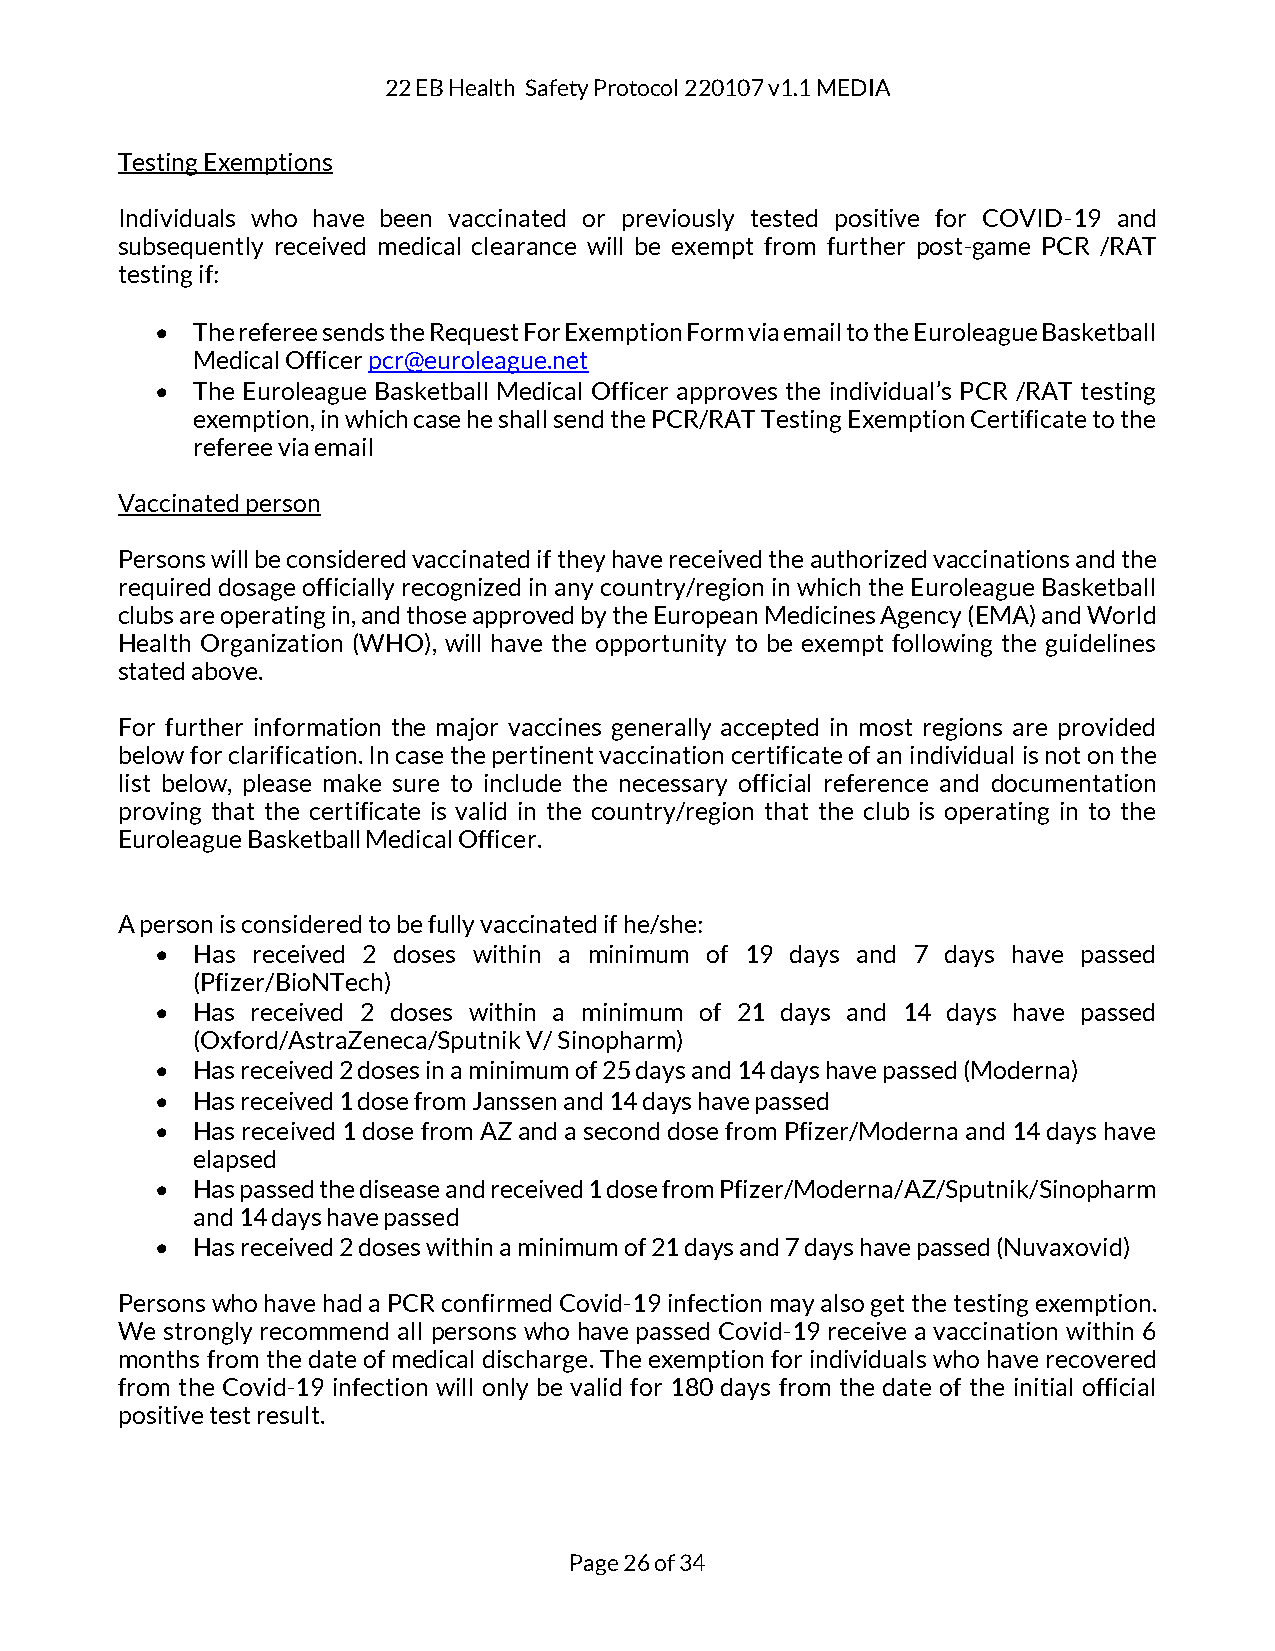
22 EB Health Safety Protocol 220107 v1.1 MEDIA
 Testing Exemptions
 Individuals who have been vaccinated or previously tested positive for COVID-19 and
 subsequently received medical clearance will be exempt from further post-game PCR /RAT
 testing if:
 •  The referee sends the Request For Exemption Form via email to the Euroleague Basketball
 Medical Officer pcr@euroleague.net
 •  The Euroleague Basketball Medical Officer approves the individual’s PCR /RAT testing
 exemption, in which case he shall send the PCR/RAT Testing Exemption Certificate to the
 referee via email
 Vaccinated person
 Persons will be considered vaccinated if they have received the authorized vaccinations and the
 required dosage officially recognized in any country/region in which the Euroleague Basketball
 clubs are operating in, and those approved by the European Medicines Agency (EMA) and World
 Health Organization (WHO), will have the opportunity to be exempt following the guidelines
 stated above.
 For further information the major vaccines generally accepted in most regions are provided
 below for clarification. In case the pertinent vaccination certificate of an individual is not on the
 list below, please make sure to include the necessary official reference and documentation
 proving that the certificate is valid in the country/region that the club is operating in to the
 Euroleague Basketball Medical Officer.
 A person is considered to be fully vaccinated if he/she:
 •  Has received 2 doses within a minimum of 19 days and 7 days have passed
 (Pfizer/BioNTech)
 •  Has received 2 doses within a minimum of 21 days and 14 days have passed
 (Oxford/AstraZeneca/Sputnik V/ Sinopharm)
 •  Has received 2 doses in a minimum of 25 days and 14 days have passed (Moderna)
 •  Has received 1 dose from Janssen and 14 days have passed
 •  Has received 1 dose from AZ and a second dose from Pfizer/Moderna and 14 days have
 elapsed
 •  Has passed the disease and received 1 dose from Pfizer/Moderna/AZ/Sputnik/Sinopharm
 and 14 days have passed
 •  Has received 2 doses within a minimum of 21 days and 7 days have passed (Nuvaxovid)
 Persons who have had a PCR confirmed Covid-19 infection may also get the testing exemption.
 We strongly recommend all persons who have passed Covid-19 receive a vaccination within 6
 months from the date of medical discharge. The exemption for individuals who have recovered
 from the Covid-19 infection will only be valid for 180 days from the date of the initial official
 positive test result.
 Page 26 of 34